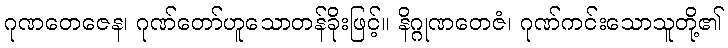
ဂုဏတေဇေန၊ ဂုဏ်တော်ဟူသောတန်ခိုးဖြင့်။ နိဂ္ဂုဏတေဇံ၊ ဂုဏ်ကင်းသောသူတို့၏